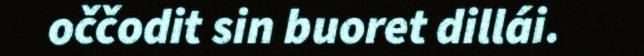
oččodit sin buoret dillái.